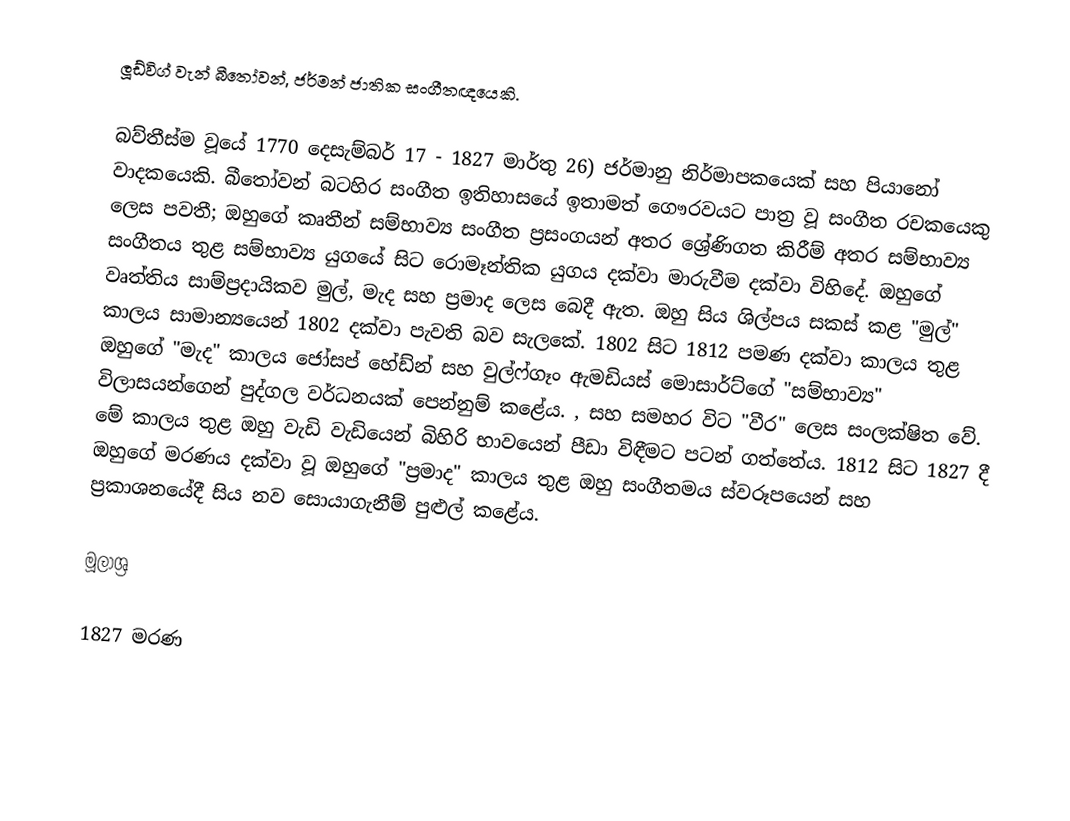
ලූඩ්විග් වැන් බීතෝවන්, ජර්මන් ජාතික සංගීතඥයෙකි.

බව්තීස්ම වූයේ 1770 දෙසැම්බර් 17 - 1827 මාර්තු 26) ජර්මානු නිර්මාපකයෙක් සහ පියානෝ වාදකයෙකි.  බීතෝවන් බටහිර සංගීත ඉතිහාසයේ ඉතාමත් ගෞරවයට පාත්‍ර වූ සංගීත රචකයෙකු ලෙස පවතී;  ඔහුගේ කෘතීන් සම්භාව්‍ය සංගීත ප්‍රසංගයන් අතර ශ්‍රේණිගත කිරීම් අතර සම්භාව්‍ය සංගීතය තුළ සම්භාව්‍ය යුගයේ සිට රොමෑන්තික යුගය දක්වා මාරුවීම දක්වා විහිදේ.  ඔහුගේ වෘත්තිය සාම්ප්‍රදායිකව මුල්, මැද සහ ප්‍රමාද ලෙස බෙදී ඇත.  ඔහු සිය ශිල්පය සකස් කළ "මුල්" කාලය සාමාන්‍යයෙන් 1802 දක්වා පැවති බව සැලකේ. 1802 සිට 1812 පමණ දක්වා කාලය තුළ ඔහුගේ "මැද" කාලය ජෝසප් හේඩ්න් සහ වුල්ෆ්ගෑං ඇමඩියස් මොසාර්ට්ගේ "සම්භාව්‍ය" විලාසයන්ගෙන් පුද්ගල වර්ධනයක් පෙන්නුම් කළේය.  , සහ සමහර විට "වීර" ලෙස සංලක්ෂිත වේ.  මේ කාලය තුළ ඔහු වැඩි වැඩියෙන් බිහිරි භාවයෙන් පීඩා විඳීමට පටන් ගත්තේය.  1812 සිට 1827 දී ඔහුගේ මරණය දක්වා වූ ඔහුගේ "ප්‍රමාද" කාලය තුළ ඔහු සංගීතමය ස්වරූපයෙන් සහ ප්‍රකාශනයේදී සිය නව සොයාගැනීම් පුළුල් කළේය.

මූලාශ්‍ර

1827 මරණ